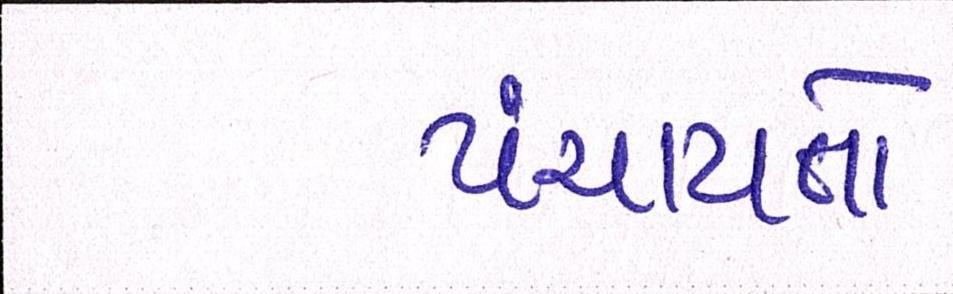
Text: પંચાયતો